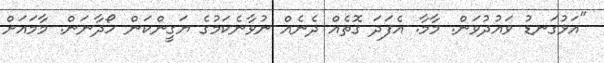
"އަޅުގަނޑު ވައުދުވަން. މާމާ. އެފަދަ ގޮތެއް ދެނެއް ނުވާނެކަމުގެ ޔަގީންކަން ހޯދާނަން. މާމައަށް